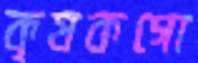
কৃষকগো